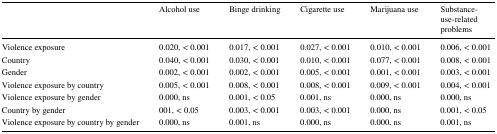
<table><thead><tr><td></td><td><b>Alcohol use</b></td><td><b>Binge drinking</b></td><td><b>Cigarette use</b></td><td><b>Marijuana use</b></td><td><b>Substance-use-related problems</b></td></tr></thead><tbody><tr><td>Violence exposure</td><td>0.020, &lt; 0.001</td><td>0.017, &lt; 0.001</td><td>0.027, &lt; 0.001</td><td>0.010, &lt; 0.001</td><td>0.006, &lt; 0.001</td></tr><tr><td>Country</td><td>0.040, &lt; 0.001</td><td>0.030, &lt; 0.001</td><td>0.010, &lt; 0.001</td><td>0.077, &lt; 0.001</td><td>0.008, &lt; 0.001</td></tr><tr><td>Gender</td><td>0.002, &lt; 0.001</td><td>0.002, &lt; 0.001</td><td>0.005, &lt; 0.001</td><td>0.001, &lt; 0.001</td><td>0.003, &lt; 0.001</td></tr><tr><td>Violence exposure by country</td><td>0.005, &lt; 0.001</td><td>0.008, &lt; 0.001</td><td>0.008, &lt; 0.001</td><td>0.009, &lt; 0.001</td><td>0.004, &lt; 0.001</td></tr><tr><td>Violence exposure by gender</td><td>0.000, ns</td><td>0.001, &lt; 0.05</td><td>0.001, ns</td><td>0.000, ns</td><td>0.000, ns</td></tr><tr><td>Country by gender</td><td>001, &lt; 0.05</td><td>0.003, &lt; 0.001</td><td>0.003, &lt; 0.001</td><td>0.000, ns</td><td>0.001, &lt; 0.05</td></tr><tr><td>Violence exposure by country by gender</td><td>0.000, ns</td><td>0.001, ns</td><td>0.000, ns</td><td>0.000, ns</td><td>0.001, ns</td></tr></tbody></table>